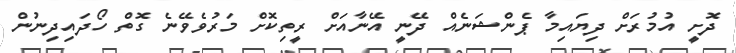
ދޮށީ އުމުރަށް ދިޔައިމާ ޕެންޝަނެއް ދޭނީ އޭނާއަށް ރީތިކޮށް މަރުވެވޭނެ ގޮތް ހޯދައިދިނުން